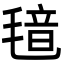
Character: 𬇂